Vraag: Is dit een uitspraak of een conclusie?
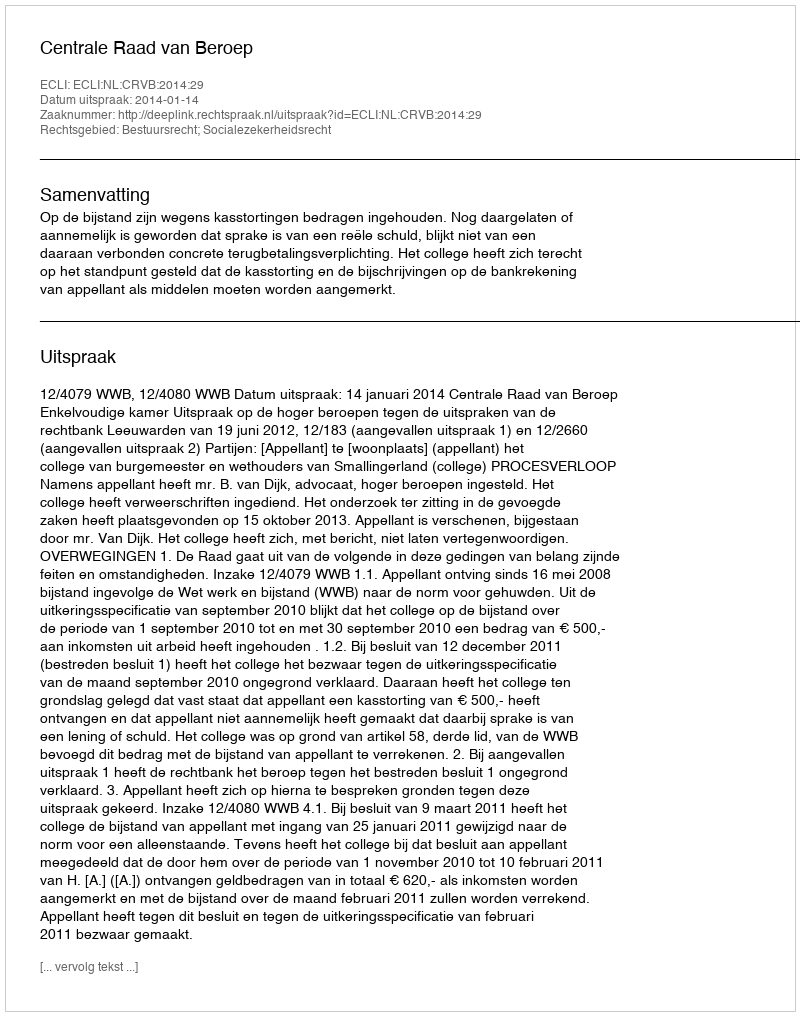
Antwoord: Uitspraak